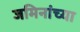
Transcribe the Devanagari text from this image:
जमिनांच्या